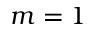
m = 1